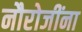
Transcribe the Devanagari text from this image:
नौरोजींना